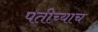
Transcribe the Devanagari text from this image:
पतीच्याच